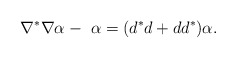
\begin{align*} \nabla^*\nabla\alpha-\ \alpha=(d^*d+dd^*)\alpha.\end{align*}